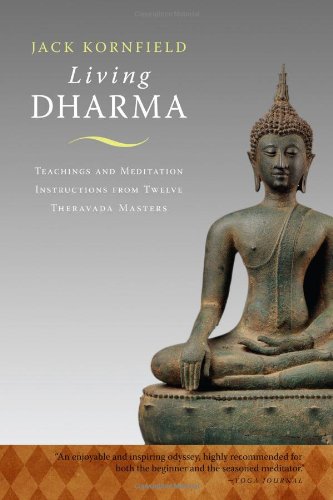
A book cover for Living Dharma: Teachings and Meditation Instructions from Twelve Theravada Masters; Jack Kornfield; Religion & Spirituality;